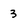
Character: 3